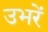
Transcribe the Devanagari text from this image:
उभरें